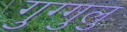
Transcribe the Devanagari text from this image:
गुग्गुलु